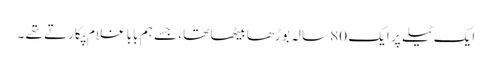
ایک ٹیلے پر ایک 80 سالہ بوڑھا بیٹھا تھا ، جسے ہم بابا غلام پکارتے تھے ۔